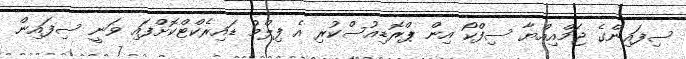
ސިފައިންގެ ޖަމްއިއްޔާ ސިފްކޯ އިން ޕްރޮޑިއުސްކުރި އެ ފިލްމު ޑައިރެކްޓްކޮށްފައި ވަނީ ސިފައިން